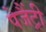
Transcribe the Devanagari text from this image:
पेजैंट्री